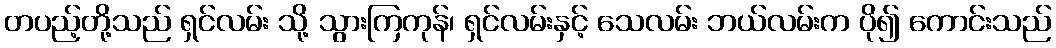
တပည့်တို့သည် ရှင်လမ်း သို့ သွားကြကုန်၊ ရှင်လမ်းနှင့် သေလမ်း ဘယ်လမ်းက ပို၍ ကောင်းသည်